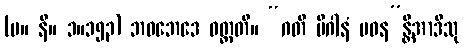
(မ။ နိ။ ၁။၁၅၃) ဘဝဘေဒေ ဝတ္တတိ။ “ဂတိ မိဂါနံ ပဝန”န္တိအာဒီသု